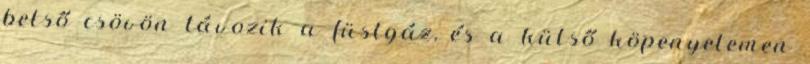
belső csövön távozik a füstgáz, és a külső köpenyelemen